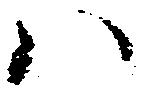
ハ